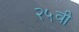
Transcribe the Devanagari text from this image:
२५वी